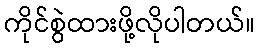
ကိုင်စွဲထားဖို့လိုပါတယ်။